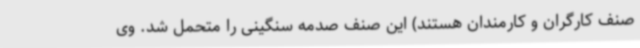
صنف کارگران و کارمندان هستند) این صنف صدمه سنگینی را متحمل شد. وی